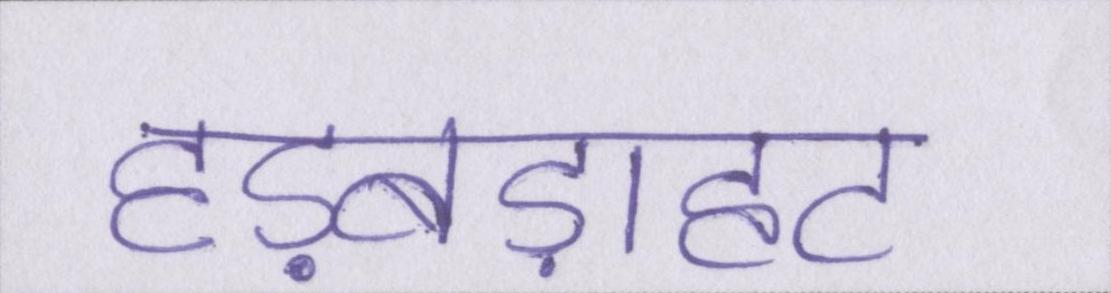
हड़बड़ाहट